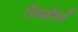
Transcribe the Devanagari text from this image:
जिऔर्नो